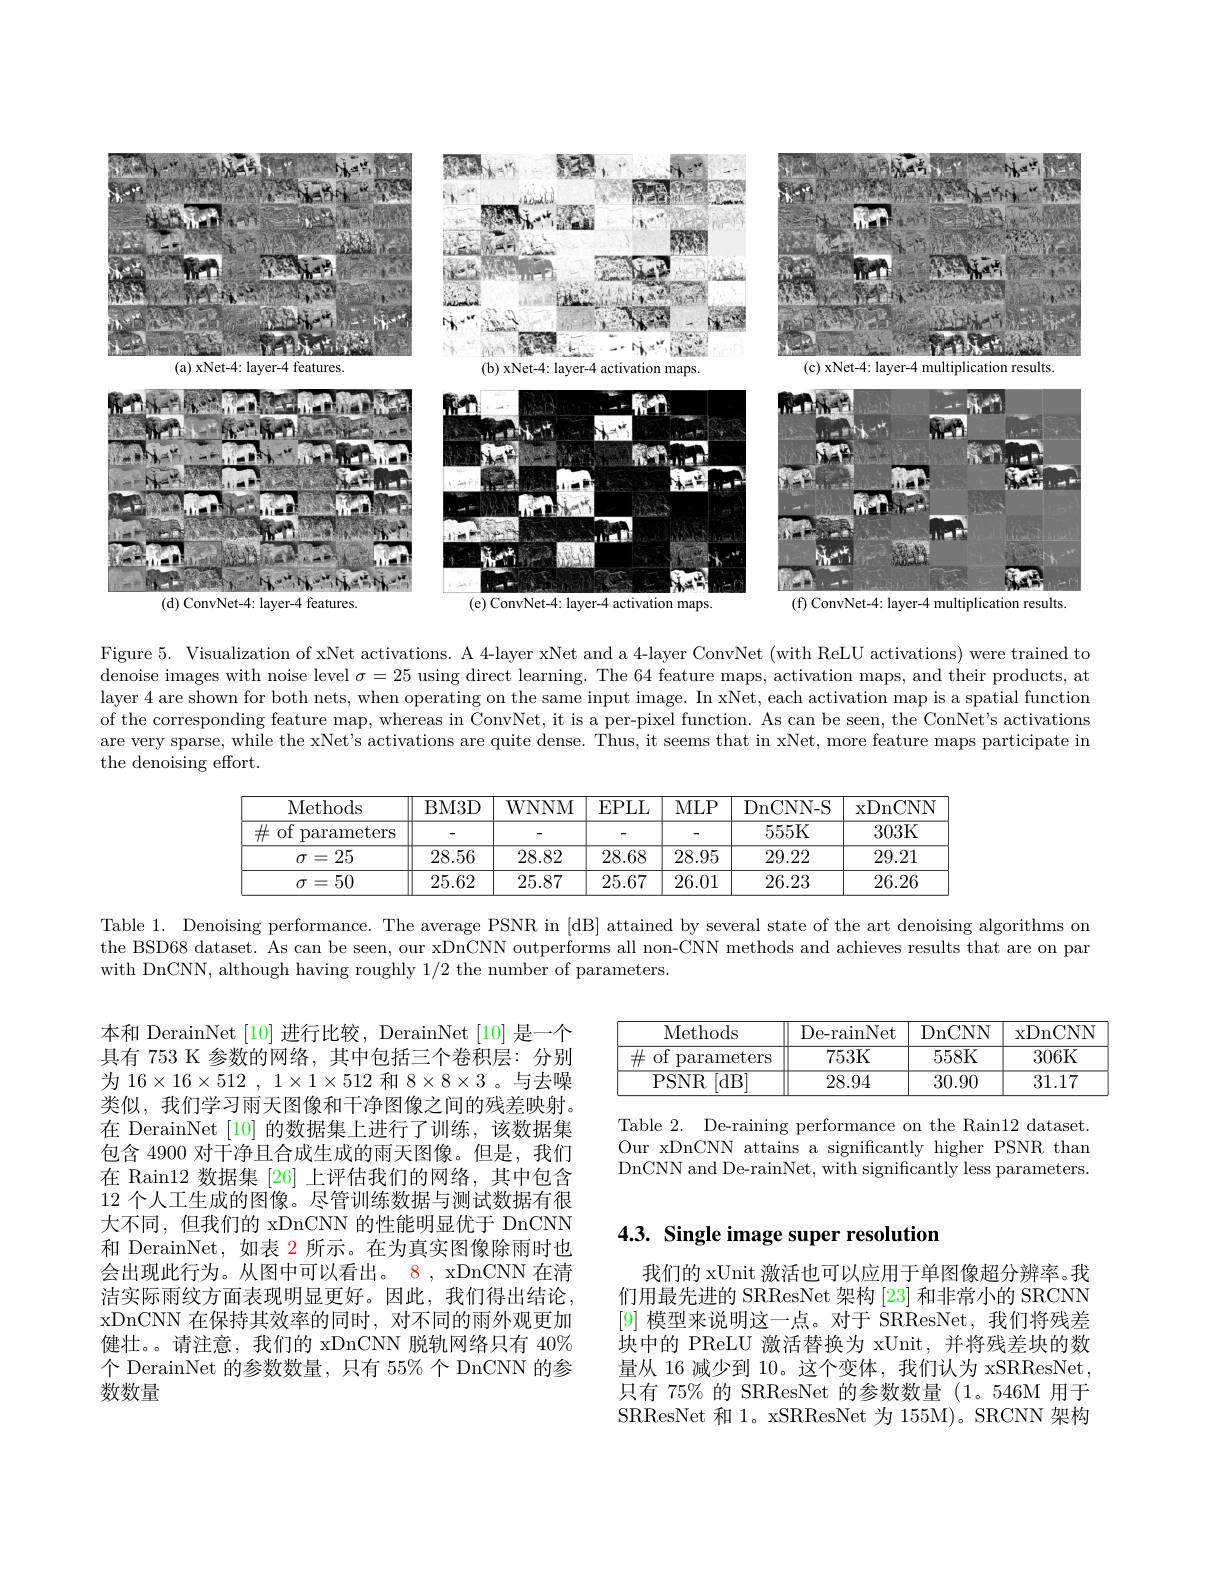
<FigureHere>

(e) ConvNet-4: layer-4 activation maps.
(d) ConvNet-4: layer-4 features.
sults

Figure 5. Visualization of xNet activations. A 4-layer xNet and a 4-layer ConvNet (with ReLU activations) were trained to denoise images with noise level $\sigma=25$ using direct learning. The 64 feature maps, activation maps, and their products, at layer 4 are shown for both nets, when operating on the same input image. In xNet, each activation map is a spatial function of the corresponding feature map, whereas in ConvNet, it is a per-pixel function. As can be seen, the ConNet's activations are very sparse, while the xNet's activations are quite dense. Thus, it seems that in xNet, more feature maps participate in the denoising effort.

<table>
	<tbody>
		<tr>
			<th> </th>
			<th>Methods</th>
			<th>BM3D</th>
			<th>WNNM</th>
			<th>EPLL</th>
			<th>MLP</th>
			<th>$DnC.$ $P$</th>
			<th>NN- S $xDn($</th>
			<th>) nCNN</th>
		</tr>
		<tr>
			<td> </td>
			<td>$\#$ of parameters</td>
			<td> </td>
			<td> </td>
			<td>-</td>
			<td> </td>
			<td>55</td>
			<td>$5K$ 30:</td>
			<td>303K</td>
		</tr>
		<tr>
			<td> </td>
			<td>$\sigma=25$</td>
			<td>28.56</td>
			<td>28.82</td>
			<td>28.68</td>
			<td>28.95</td>
			<td>5 29</td>
			<td>22 29</td>
			<td>29.21</td>
		</tr>
		<tr>
			<td> </td>
			<td>$\sigma=50$</td>
			<td>25.62</td>
			<td>25.87</td>
			<td>25.67</td>
			<td>26.01</td>
			<td>1 26</td>
			<td>23 26.</td>
			<td>26.26</td>
		</tr>
	</tbody>
</table>

Table 1. Denoising performance. The average PSNR in [d$B]$ attained by several state of the art denoising algorithms on the BSD68 dataset. As can be seen, our xDnCNN outperforms all non-CNN methods and achieves results that are on par with DnCNN, although having roughly 1/2 the number of parameters.

<table>
	<tbody>
		<tr>
			<th>Methods</th>
			<th>De- rainNet</th>
			<th>DnCNN</th>
			<th>xDnCNN</th>
		</tr>
		<tr>
			<td>of $\#$ parameters</td>
			<td>753K</td>
			<td>558K</td>
			<td>306K</td>
		</tr>
		<tr>
			<td>PSNR [dB</td>
			<td>28.94</td>
			<td>30.90</td>
			<td>31.17</td>
		</tr>
	</tbody>
</table>

Table 2. De-raining performance on the Rain12 dataset. Our xDnCNN attains a significantly higher PSNR than DnCNN and De-rainNet, with significantly less parameters.

本和 DerainNet [10] 进行比较，DerainNet [10] 是一个具有 753 K 参数的网络，其中包括三个卷积层：分别为$16\times 16\times 512$ , $1\times 1\times 512$和$8\times8\times3$ 。与去噪类似，我们学习雨天图像和干净图像之间的残差映射。在 DerainNet [10] 的数据集上进行了训练，该数据集包含 4900 对干净且合成生成的雨天图像。但是，我们在 Rain12 数据集 [26] 上评估我们的网络，其中包含12 个人工生成的图像。尽管训练数据与测试数据有很大不同，但我们的 xDnCNN 的性能明显优于 DnCNN 和 DerainNet, 如表 2 所示。在为真实图像除雨时也会出现此行为。从图中可以看出。8 , xDnCNN 在清洁实际雨纹方面表现明显更好。因此，我们得出结论， xDnCNN 在保持其效率的同时，对不同的雨外观更加健壮。。请注意，我们的 xDnCNN 脱轨网络只有 40% 个 DerainNet 的参数数量，只有 55% 个 DnCNN 的参数数量

## 4.3. Single image super resolution

我们的 xUnit 激活也可以应用于单图像超分辨率。我们用最先进的 SRResNet 架构 [23] 和非常小的 SRCNN [9]模型来说明这一点。对于 SRResNet,我们将残差块中的 PReLU 激活替换为 xUnit, 并将残差块的数量从 16 减少到 10。这个变体，我们认为 xSRResNet , 只有 75% 的 SRResNet 的参数数量 (1。546M 用于SRResNet 和 1。xSRResNet 为 155M)。SRCNN 架构